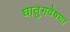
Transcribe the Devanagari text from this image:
धातुगवेषणा